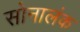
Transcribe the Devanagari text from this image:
सोनालंक